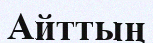
Айттың